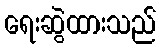
ရေးဆွဲထားသည်